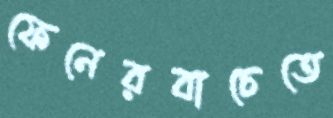
ফেনেরবাচেতে